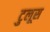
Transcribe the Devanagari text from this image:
टुलूस